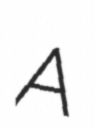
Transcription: A